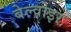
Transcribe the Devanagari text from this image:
बेल्वोइर